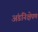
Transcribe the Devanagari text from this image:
अंडनिक्षेपण